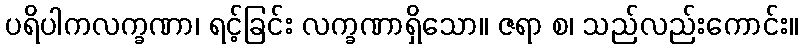
ပရိပါကလက္ခဏာ၊ ရင့်ခြင်း လက္ခဏာရှိသော။ ဇရာ စ၊ သည်လည်းကောင်း။